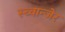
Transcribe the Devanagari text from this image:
स्च्वान्जेर